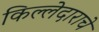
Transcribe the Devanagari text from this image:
किल्लेदाराचे